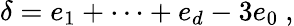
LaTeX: \delta=e_{1}+\dots+e_{d}-3e_{0}\ ,